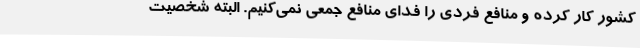
کشور کار کرده و منافع فردی را فدای منافع جمعی نمی‌کنیم. البته شخصیت